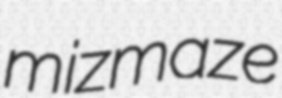
mizmaze